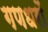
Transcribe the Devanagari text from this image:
गणधरों